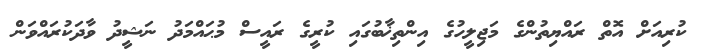
ކުރިއަށް އޮތް ރައްޔިތުންގެ މަޖިލީހުގެ އިންތިޚާބުގައި ކުރީގެ ރައީސް މުޙައްމަދު ނަޝީދު ވާދަކުރައްވަން